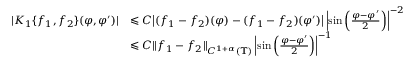
\begin{array} { r l } { | K _ { 1 } \{ f _ { 1 } , f _ { 2 } \} ( \varphi , \varphi ^ { \prime } ) | } & { \leqslant C \big | ( f _ { 1 } - f _ { 2 } ) ( \varphi ) - ( f _ { 1 } - f _ { 2 } ) ( \varphi ^ { \prime } ) \big | \left| \sin \left( \frac { \varphi - \varphi ^ { \prime } } { 2 } \right) \right| ^ { - 2 } } \\ & { \leqslant C \| f _ { 1 } - f _ { 2 } \| _ { C ^ { 1 + \alpha } ( \mathbb { T } ) } \left| \sin \left( \frac { \varphi - \varphi ^ { \prime } } { 2 } \right) \right| ^ { - 1 } } \end{array}